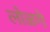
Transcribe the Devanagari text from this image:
लोळगे